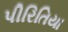
પીરિતિયા